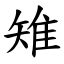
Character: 雉